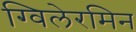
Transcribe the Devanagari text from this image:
ग्विलेरमिन